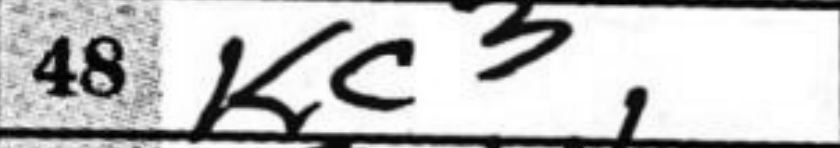
Transcription: Kc3